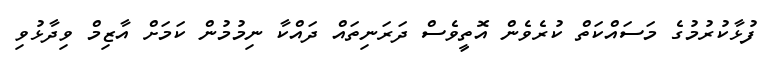
ފުޅާކުރުމުގެ މަސައްކަތް ކުރެވެން އޮތީވެސް ދަރަނިތައް ދައްކާ ނިމުމުން ކަމަށް އާޒިމް ވިދާޅުވި